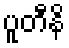
ပူတီနိ